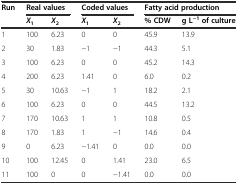
<table><thead><tr><td rowspan="2"><b>Run</b></td><td colspan="2"><b>Real values</b></td><td colspan="2"><b>Coded values</b></td><td colspan="2"><b>Fatty acid production</b></td></tr><tr><td><b><i>X</i><sub>1</sub></b></td><td><b><i>X</i><sub>2</sub></b></td><td><b><i>X</i><sub>1</sub></b></td><td><b><i>X</i><sub>2</sub></b></td><td><b>% CDW</b></td><td><b>g L<sup>−1</sup>of culture</b></td></tr></thead><tbody><tr><td>1</td><td>100</td><td>6.23</td><td>0</td><td>0</td><td>45.9</td><td>13.9</td></tr><tr><td>2</td><td>30</td><td>1.83</td><td>−1</td><td>−1</td><td>44.3</td><td>5.1</td></tr><tr><td>3</td><td>100</td><td>6.23</td><td>0</td><td>0</td><td>45.2</td><td>14.3</td></tr><tr><td>4</td><td>200</td><td>6.23</td><td>1.41</td><td>0</td><td>6.0</td><td>0.2</td></tr><tr><td>5</td><td>30</td><td>10.63</td><td>−1</td><td>1</td><td>18.2</td><td>2.1</td></tr><tr><td>6</td><td>100</td><td>6.23</td><td>0</td><td>0</td><td>44.5</td><td>13.2</td></tr><tr><td>7</td><td>170</td><td>10.63</td><td>1</td><td>1</td><td>10.8</td><td>0.5</td></tr><tr><td>8</td><td>170</td><td>1.83</td><td>1</td><td>−1</td><td>14.6</td><td>0.4</td></tr><tr><td>9</td><td>0</td><td>6.23</td><td>−1.41</td><td>0</td><td>0.0</td><td>0.0</td></tr><tr><td>10</td><td>100</td><td>12.45</td><td>0</td><td>1.41</td><td>23.0</td><td>6.5</td></tr><tr><td>11</td><td>100</td><td>0</td><td>0</td><td>−1.41</td><td>0.0</td><td>0.0</td></tr></tbody></table>